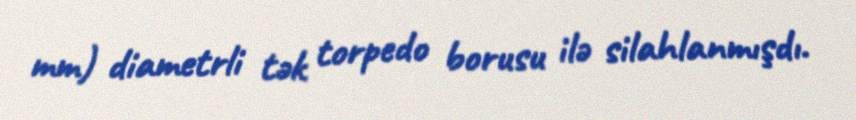
mm) diametrli tək torpedo borusu ilə silahlanmışdı.